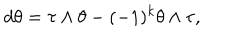
LaTeX: d \theta = \tau \wedge \theta - ( - 1 ) ^ { k } \theta \wedge \tau ,